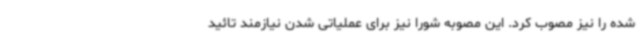
شده را نیز مصوب کرد. این مصوبه شورا نیز برای عملیاتی شدن نیازمند تائید